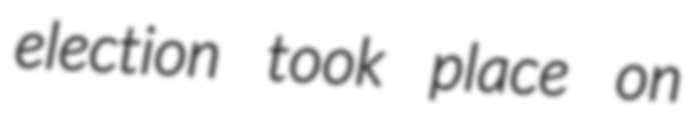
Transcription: election took place on